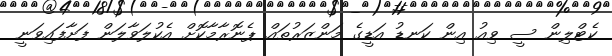
ކެޓްލިން ސީ ވިއު އިން ކަނޑު އަޑީގެ މަންޒަރުތައް ޕެނޮރާމާކޮށް އެކުލަވާލަން ފަށާފައިވަނީ